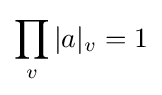
\prod _{v}|a|_{v}=1